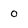
Character: 0